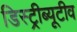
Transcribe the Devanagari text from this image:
डिस्ट्रीब्यूटीव